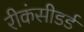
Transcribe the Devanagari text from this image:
रीकंसीडर्ड